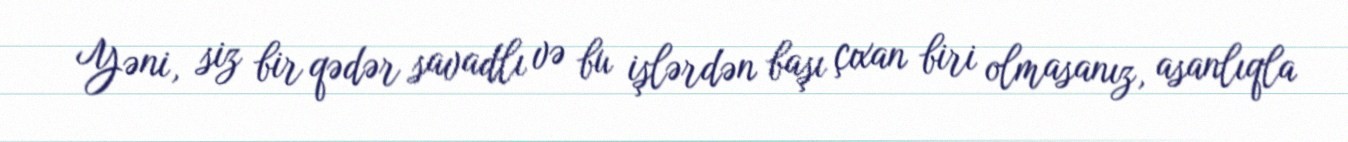
Yəni, siz bir qədər savadlı və bu işlərdən başı çıxan biri olmasanız, asanlıqla